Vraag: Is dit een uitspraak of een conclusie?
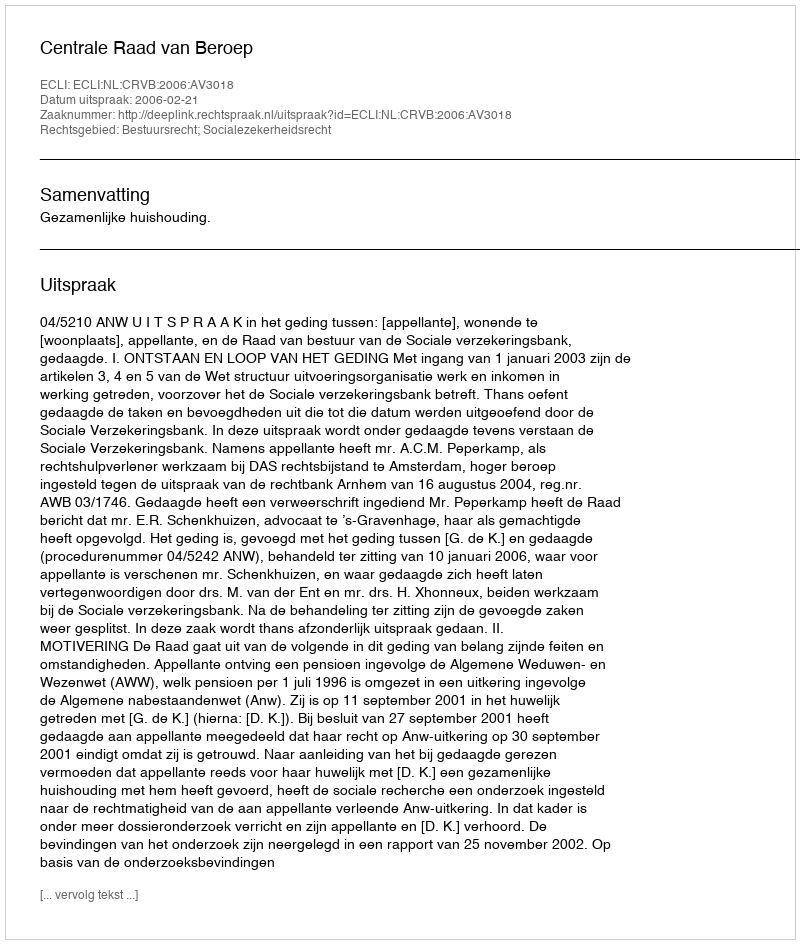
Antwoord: Uitspraak